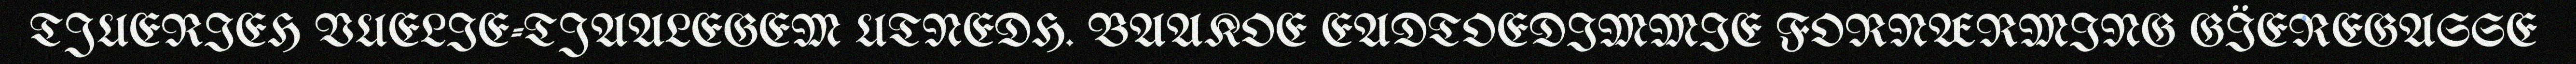
TJUERIEH VUELIE-TJAALEGEM UTNEDH. BAAKOE EADTOEDIMMIE FORNÆRMING GÏEREGASSE